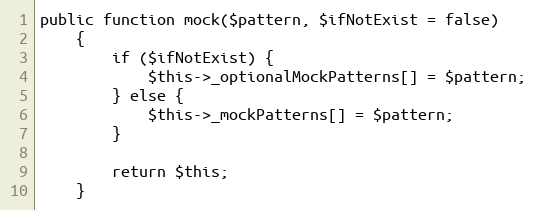
Language: PHP
public function mock($pattern, $ifNotExist = false)
    {
        if ($ifNotExist) {
            $this->_optionalMockPatterns[] = $pattern;
        } else {
            $this->_mockPatterns[] = $pattern;
        }

        return $this;
    }